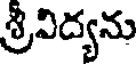
శ్రీవిద్యను